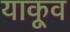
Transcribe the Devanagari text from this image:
याकूव